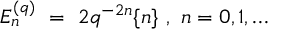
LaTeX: E _ { n } ^ { ( q ) } \ = \ 2 q ^ { - 2 n } \{ n \} \ , \ n = 0 , 1 , \ldots